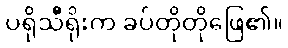
ပရိုသီရိုးက ခပ်တိုတိုဖြေ၏။